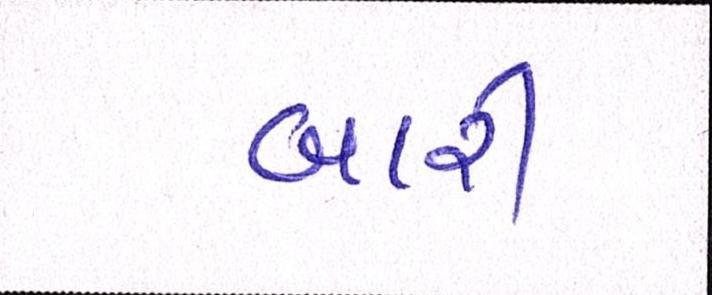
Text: બારી